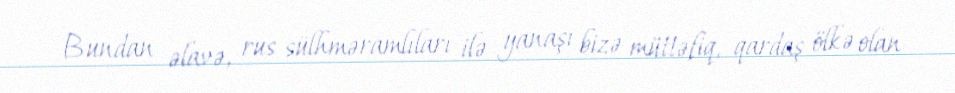
Bundan əlavə, rus sülhməramlıları ilə yanaşı bizə müttəfiq, qardaş ölkə olan